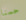
حسنا